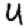
Digit: 4